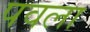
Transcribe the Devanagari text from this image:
पवला